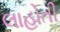
લાહોતી